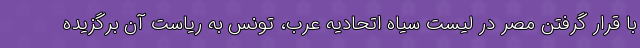
با قرار گرفتن مصر در لیست سیاه اتحادیه عرب، تونس به ریاست آن برگزیده